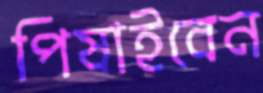
পিষাইবেন